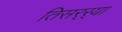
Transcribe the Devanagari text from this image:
तिसर्‍र्‍या